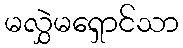
မလွှဲမရှောင်သာ